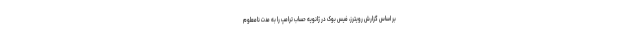
بر اساس گزارش رویترز، فیس بوک در ژانویه حساب ترامپ را به مدت نامعلوم